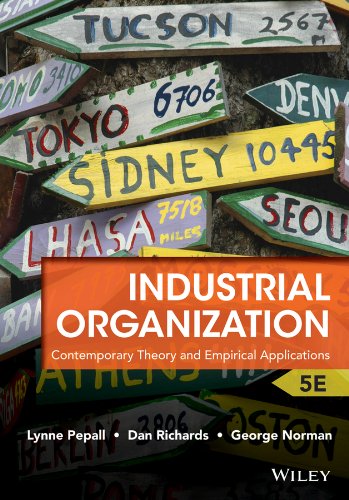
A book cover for Industrial Organization: Contemporary Theory and Empirical Applications; Lynne Pepall; Business & Money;